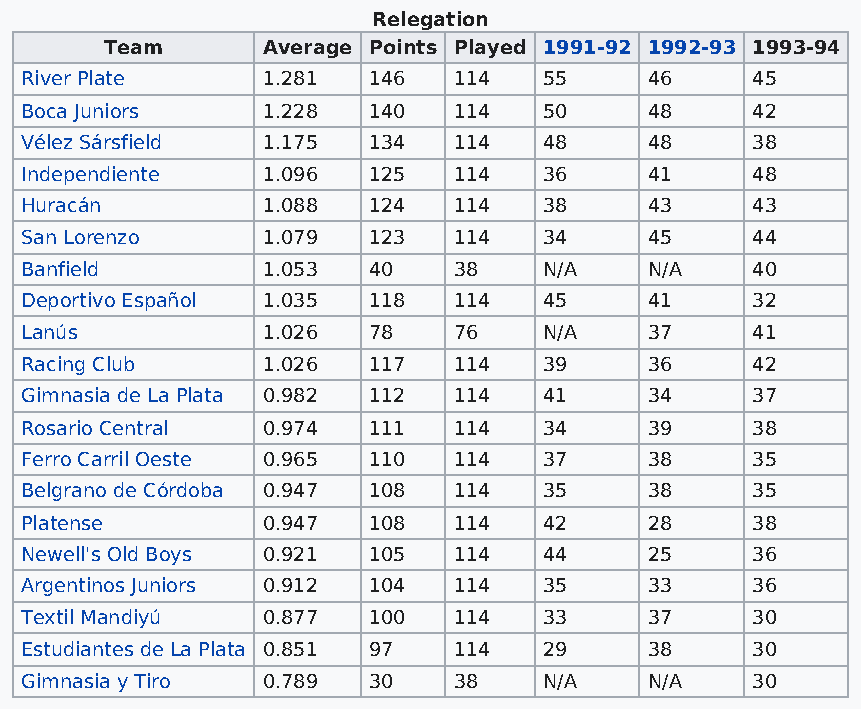
Relegation
 Team      Average Points Played 1991-92 1992-93 1993-94
 River Plate     1.281  146   114   55     46     45
 Boca Juniors    1.228  140   114   50     48     42
 Vélez Sársfield 1.175  134   114   48     48     38
 Independiente   1.096  125   114   36     41     48
 Huracán         1.088  124   114   38     43     43
 San Lorenzo     1.079  123   114   34     45     44
 Banfield        1.053  40    38    N/A    N/A    40
 Deportivo Español 1.035 118  114   45     41     32
 Lanús           1.026  78    76    N/A    37     41
 Racing Club     1.026  117   114   39     36     42
 Gimnasia de La Plata 0.982 112 114 41     34     37
 Rosario Central 0.974  111   114   34     39     38
 Ferro Carril Oeste 0.965 110 114   37     38     35
 Belgrano de Córdoba 0.947 108 114  35     38     35
 Platense        0.947  108   114   42     28     38
 Newell's Old Boys 0.921 105  114   44     25     36
 Argentinos Juniors 0.912 104 114   35     33     36
 Textil Mandiyú  0.877  100   114   33     37     30
 Estudiantes de La Plata 0.851 97 114 29   38     30
 Gimnasia y Tiro 0.789  30    38    N/A    N/A    30